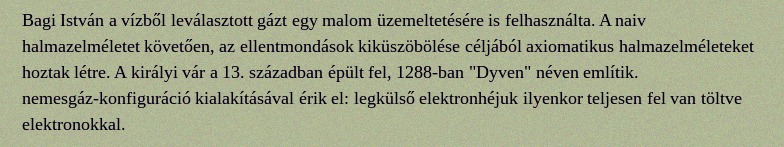
Bagi István a vízből leválasztott gázt egy malom üzemeltetésére is felhasználta. A naiv halmazelméletet követően, az ellentmondások kiküszöbölése céljából axiomatikus halmazelméleteket hoztak létre. A királyi vár a 13. században épült fel, 1288-ban "Dyven" néven említik. nemesgáz-konfiguráció kialakításával érik el: legkülső elektronhéjuk ilyenkor teljesen fel van töltve elektronokkal.